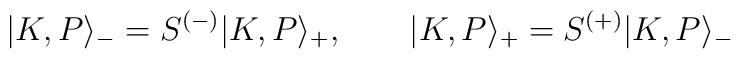
|K,P\rangle _{-}=S^{(-)}|K,P\rangle _{+},\qquad |K,P\rangle_{+}=S^{(+)}|K,P\rangle _{-}